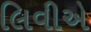
લિવીએ